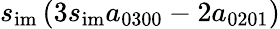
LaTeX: s_{\mathrm{im}}\left(3s_{\mathrm{im}}a_{0300}-2a_{0201}\right)